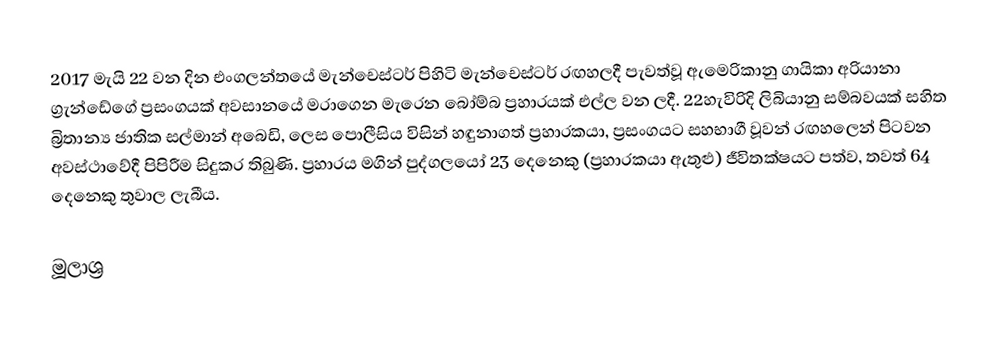
2017 මැයි 22 වන දින එංගලන්තයේ මැන්චෙස්ටර් පිහිටි මැන්චෙස්ටර් රඟහලදී පැවත්වූ ඇමෙරිකානු ගායිකා අරියානා ග්‍රැන්ඩේගේ ප්‍රසංගයක් අවසානයේ මරාගෙන මැරෙන බෝම්බ ප්‍රහාරයක් එල්ල වන ලදී. 22හැවිරිදි ලිබියානු සම්බවයක් සහිත බ්‍රිතාන්‍ය ජාතික සල්මාන් අබෙඩි, ලෙස පොලීසිය විසින් හඳුනාගත් ප්‍රහාරකයා, ප්‍රසංගයට සහභාගී වූවන් රඟහලෙන් පිටවන අවස්ථාවේදී පිපිරීම සිදුකර තිබුණි. ප්‍රහාරය මගින් පුද්ගලයෝ 23 දෙනෙකු (ප්‍රහාරකයා ඇතුළු) ජීවිතක්ෂයට පත්ව, තවත් 64 දෙනෙකු තුවාල ලැබීය.

මූලාශ්‍ර